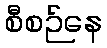
စီစဉ်နေ